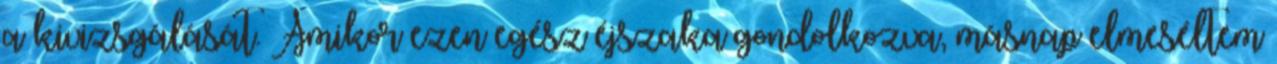
a kivizsgálását. Amikor ezen egész éjszaka gondolkozva, másnap elmeséltem